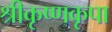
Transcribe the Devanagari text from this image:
श्रीकृष्णकृपा